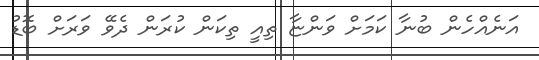
އަނެއްހެން ބުނާ ކަމަށް ވަންޏާ ތިއީ ތިކަން ކުރަން ދެވޭ ވަރަށް ބޮޑު